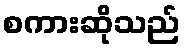
စကားဆိုသည်